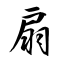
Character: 扇